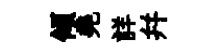
傾堯詳幷